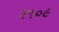
૨૧૦૯